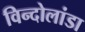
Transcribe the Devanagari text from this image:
विन्दोलांडा